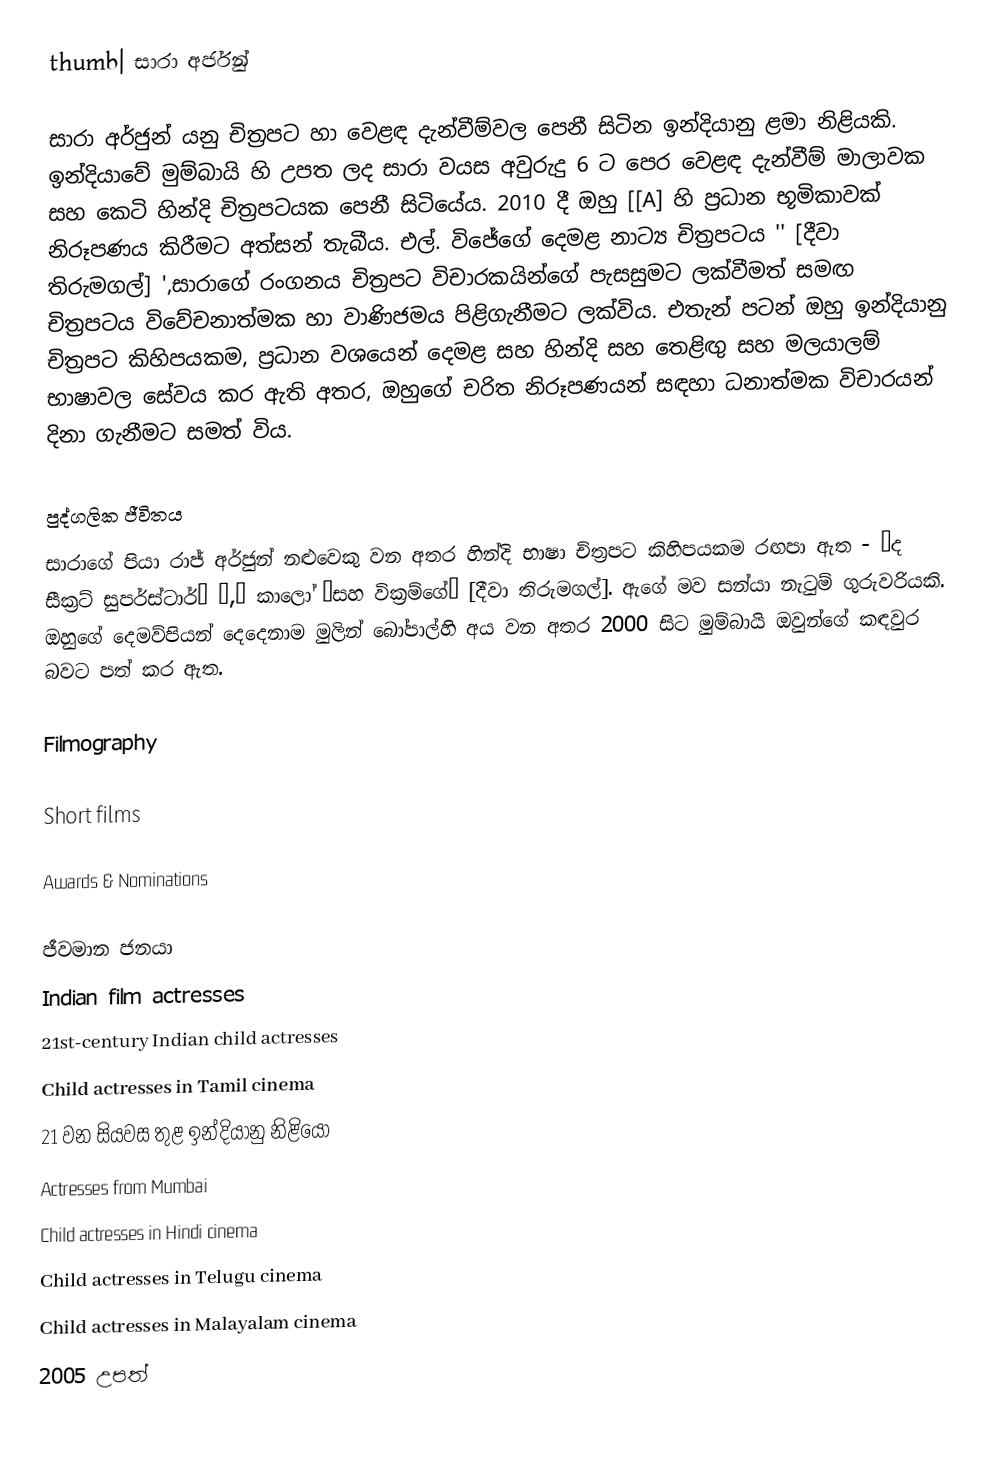
thumb| සාරා අර්ජුන්

සාරා අර්ජුන් යනු චිත්‍රපට හා වෙළඳ දැන්වීම්වල පෙනී සිටින ඉන්දියානු ළමා නිළියකි. ඉන්දියාවේ මුම්බායි හි උපත ලද සාරා වයස අවුරුදු 6 ට පෙර වෙළඳ දැන්වීම් මාලාවක සහ කෙටි හින්දි චිත්‍රපටයක පෙනී සිටියේය. 2010 දී ඔහු [[A] හි ප්‍රධාන භූමිකාවක් නිරූපණය කිරීමට අත්සන් තැබීය. එල්. විජේගේ දෙමළ නාට්‍ය චිත්‍රපටය '' [දීවා තිරුමගල්] ',සාරාගේ රංගනය චිත්‍රපට විචාරකයින්ගේ පැසසුමට ලක්වීමත් සමඟ චිත්‍රපටය විවේචනාත්මක හා වාණිජමය පිළිගැනීමට ලක්විය. එතැන් පටන් ඔහු ඉන්දියානු චිත්‍රපට කිහිපයකම, ප්‍රධාන වශයෙන් දෙමළ සහ හින්දි සහ තෙළිඟු සහ මලයාලම් භාෂාවල සේවය කර ඇති අතර, ඔහුගේ චරිත නිරූපණයන් සඳහා ධනාත්මක විචාරයන් දිනා ගැනීමට සමත් විය.

පුද්ගලික ජීවිතය
සාරාගේ පියා රාජ් අර්ජුන් නළුවෙකු වන අතර හින්දි භාෂා චිත්‍රපට කිහිපයකම රඟපා ඇත - “ද සීක්‍රට් සුපර්ස්ටාර්” ”,“ කාලෝ ”සහ වික්‍රම්ගේ“ [දීවා තිරුමගල්]. ඇගේ මව සන්යා නැටුම් ගුරුවරියකි. ඔහුගේ දෙමව්පියන් දෙදෙනාම මුලින් බෝපාල්හි අය වන අතර 2000 සිට මුම්බායි ඔවුන්ගේ කඳවුර බවට පත් කර ඇත.

Filmography

Short films

Awards & Nominations

ජීවමාන ජනයා
Indian film actresses
21st-century Indian child actresses
Child actresses in Tamil cinema
21 වන සියවස තුළ ඉන්දියානු නිළියෝ
Actresses from Mumbai
Child actresses in Hindi cinema
Child actresses in Telugu cinema
Child actresses in Malayalam cinema
2005 උපත්